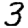
Digit: 3